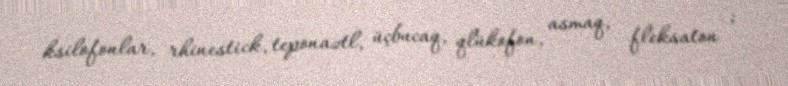
ksilofonlar, rhinestick, teponaztl, üçbucaq, qlükofon, asmaq, fleksaton ;